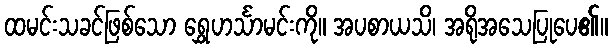
ထမင်းသခင်ဖြစ်သော ရွှေဟင်္သာမင်းကို။ အပစာယသိ၊ အရိုအသေပြုပေ၏။